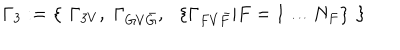
LaTeX: \Gamma _ { 3 } : = \left\{ \, \, \Gamma _ { 3 V } , \, \, \Gamma _ { G V { \bar { G } } } , \, \, \, \, \left\{ \Gamma _ { F V { \bar { F } } } | F = 1 \ldots N _ { F } \right\} \, \, \right\}